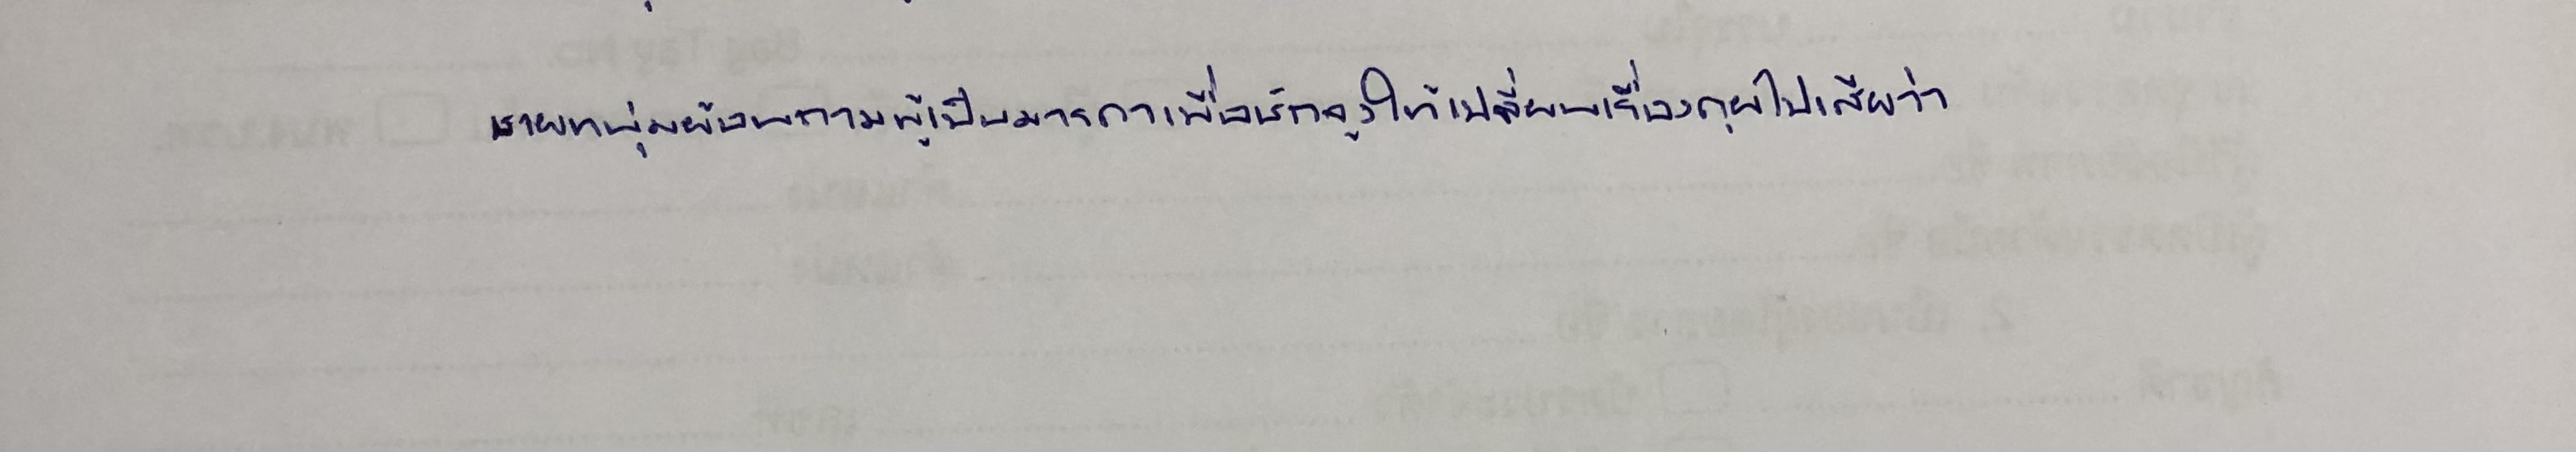
ชายหนุ่มย้อนถามผู้เป็นมารดาเพื่อชักจูงให้เปลี่ยนเรื่องคุยไปเสียว่า